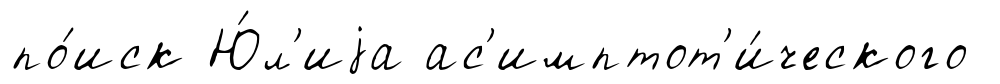
по́иск Ю́л'иjа ас'имптот'и́ческого